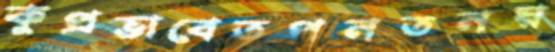
কুপ্রভাবেতপনতনয়